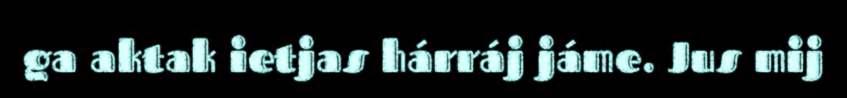
ga aktak ietjas hárráj jáme. Jus mij